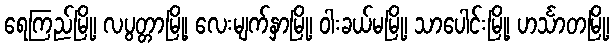
ရေကြည်မြို့၊ လပွတ္တာမြို့၊ လေးမျက်နှာမြို့၊ ဝါးခယ်မမြို့၊ သာပေါင်းမြို့၊ ဟင်္သာတမြို့၊